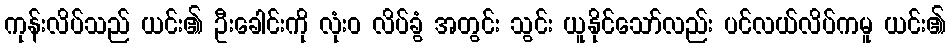
ကုန်းလိပ်သည် ယင်း၏ ဦးခေါင်းကို လုံးဝ လိပ်ခွံ အတွင်း သွင်း ယူနိုင်သော်လည်း ပင်လယ်လိပ်ကမူ ယင်း၏